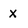
Character: x